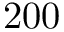
2 0 0